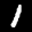
Label: 1